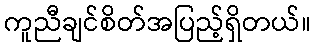
ကူညီချင်စိတ်အပြည့်ရှိတယ်။